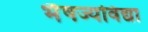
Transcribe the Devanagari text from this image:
भैषज्यविद्या